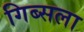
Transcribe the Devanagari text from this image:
गिब्सला